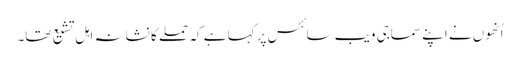
اُنھوں نے اپنے سماجی ویب سائٹس پر کہا ہے کہ حملے کا نشانہ اہل تشیع تھا۔